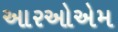
આરઓએમ